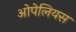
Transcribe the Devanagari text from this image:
ओपेलियस